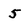
Character: 5